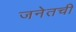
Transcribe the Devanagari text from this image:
जनेतची